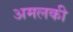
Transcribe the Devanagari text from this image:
अमलकी